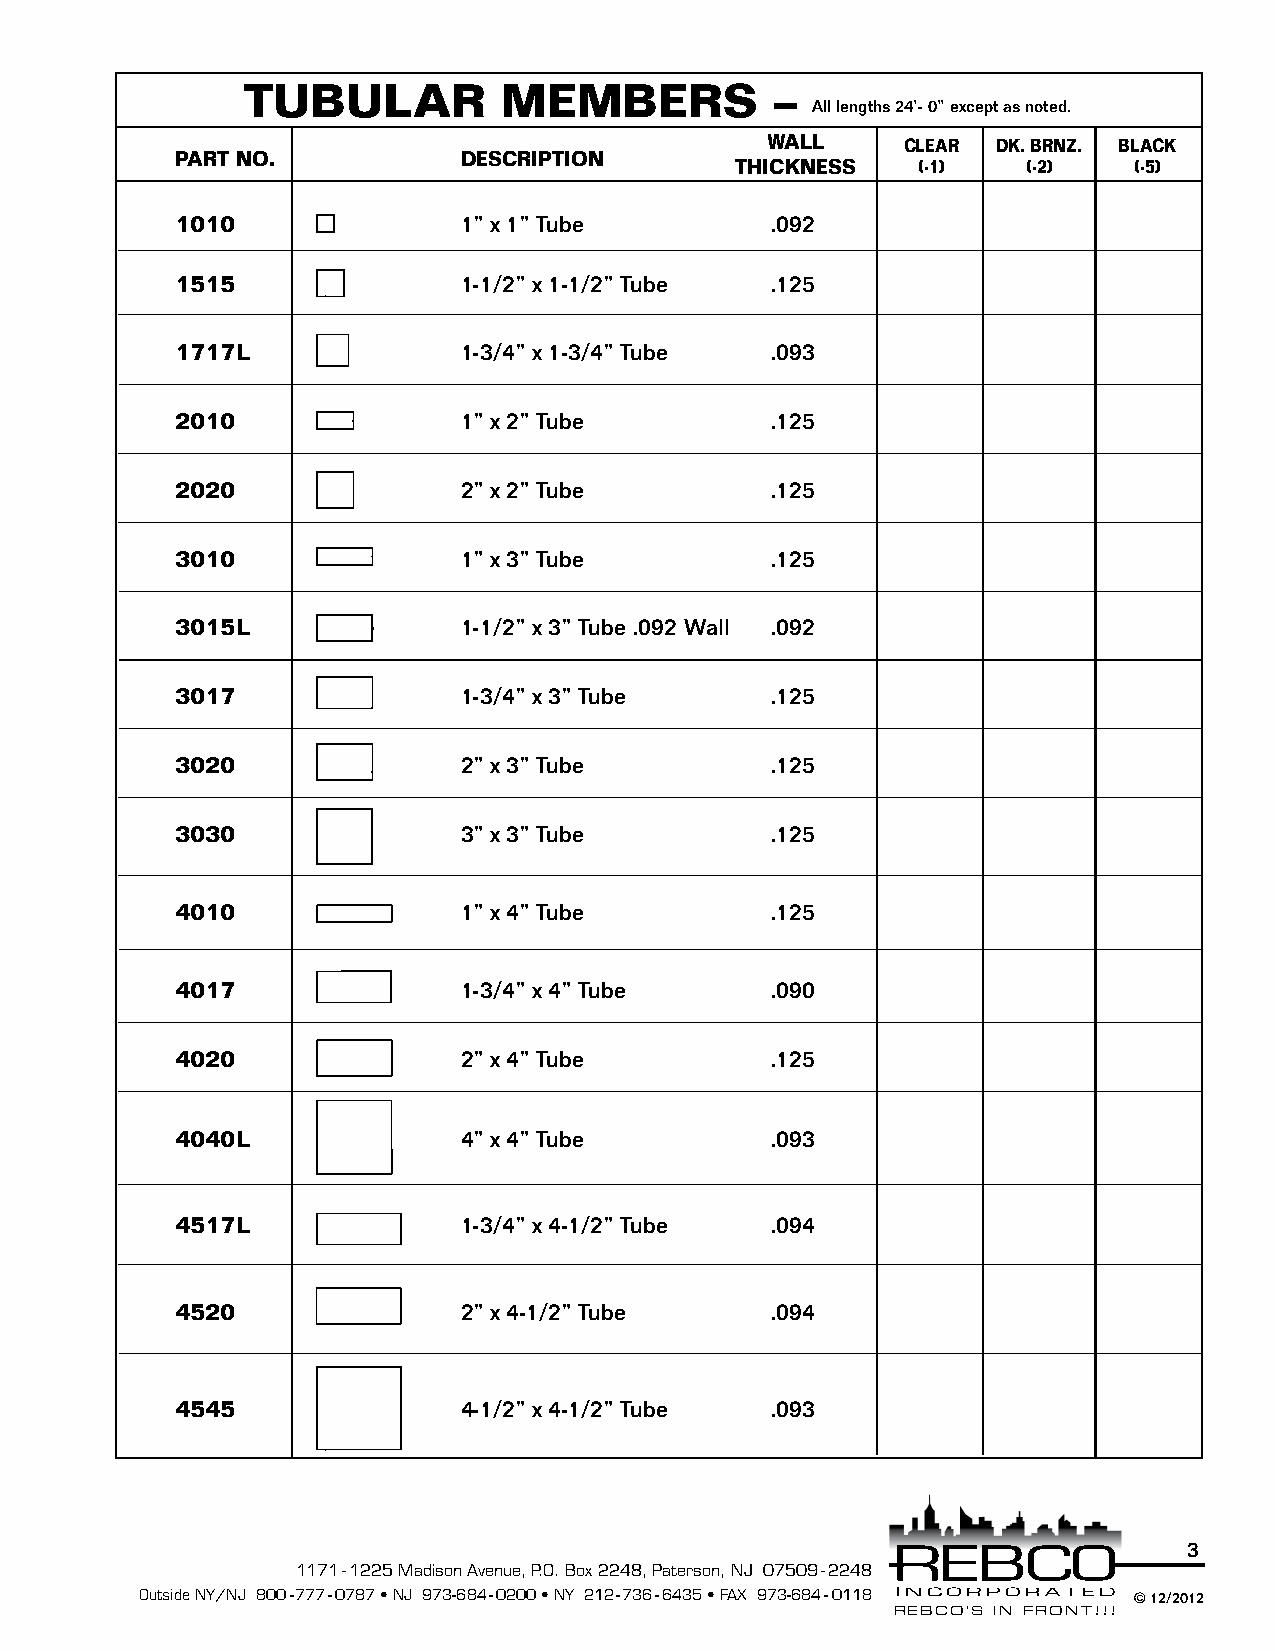
TUBULAR          MEMBERS           –
 All lengths 24’- 0” except as noted.
 WALL     CLEAR DK. BRNZ. BLACK
 PART NO.          DESCRIPTION
 THICKNESS   (-1)   (-2)   (-5)
 1010              1” x 1” Tube         .092
 1515              1-1/2” x 1-1/2” Tube .125
 1717L             1-3/4” x 1-3/4” Tube .093
 2010              1” x 2” Tube         .125
 2020              2” x 2” Tube         .125
 3010              1” x 3” Tube         .125
 3015L             1-1/2” x 3” Tube .092 Wall .092
 3017              1-3/4” x 3” Tube     .125
 3020              2” x 3” Tube         .125
 3030              3” x 3” Tube         .125
 4010              1” x 4” Tube         .125
 4017              1-3/4” x 4” Tube     .090
 4020              2” x 4” Tube         .125
 4040L             4” x 4” Tube         .093
 4517L             1-3/4” x 4-1/2” Tube .094
 4520              2” x 4-1/2” Tube     .094
 4545              4-1/2” x 4-1/2” Tube .093
 3
 1171 - 1225 Madison Avenue, P.O. Box 2248, Paterson, NJ 07509 - 2248
 Outside NY/NJ 800-777-0787 • NJ 973-684-0200 • NY 212-736-6435 • FAX 973-684-0118 © 12/2012
 REBCO’S IN FRONT!!!